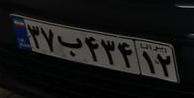
۳۷ب۴۳۴۱۲